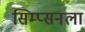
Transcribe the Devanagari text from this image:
सिम्प्सनला